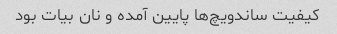
کیفیت ساندویچ‌ها پایین آمده و نان بیات بود